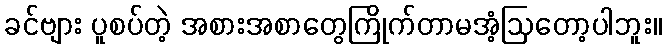
ခင်ဗျား ပူစပ်တဲ့ အစားအစာတွေကြိုက်တာမအံ့ဩတော့ပါဘူး။